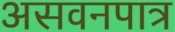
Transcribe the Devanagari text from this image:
असवनपात्र